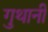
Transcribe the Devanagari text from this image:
गुथानी